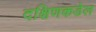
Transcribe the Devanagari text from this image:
दक्षिणकडेल